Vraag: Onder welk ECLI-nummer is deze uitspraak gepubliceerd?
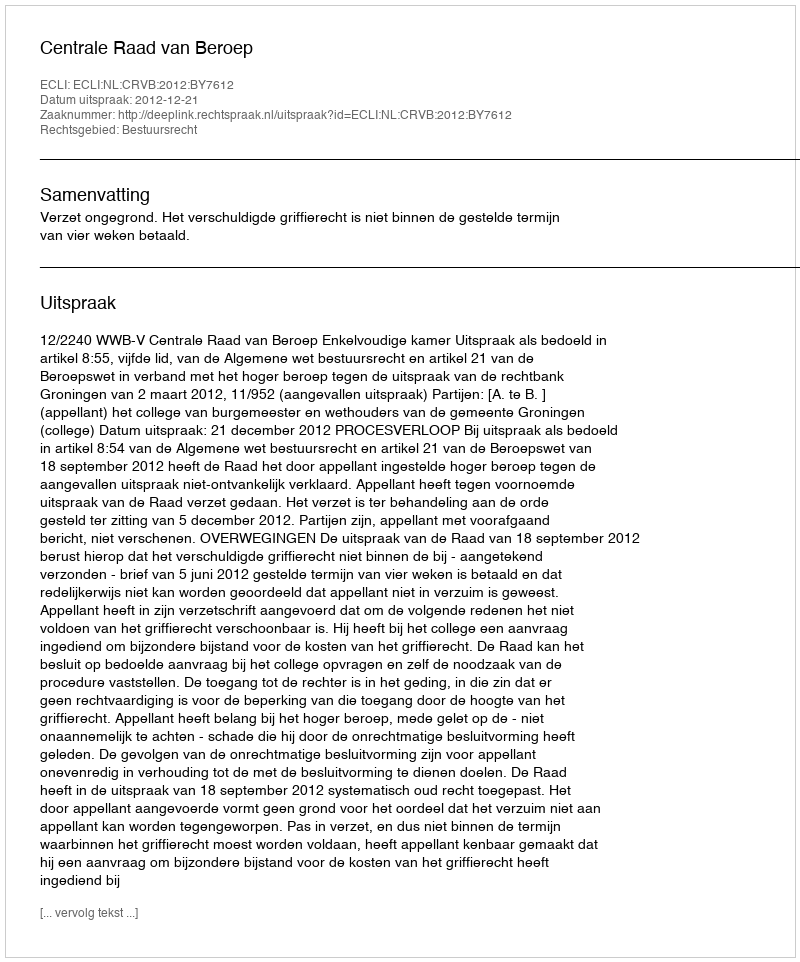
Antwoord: ECLI:NL:CRVB:2012:BY7612